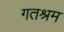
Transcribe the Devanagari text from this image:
गतश्रम